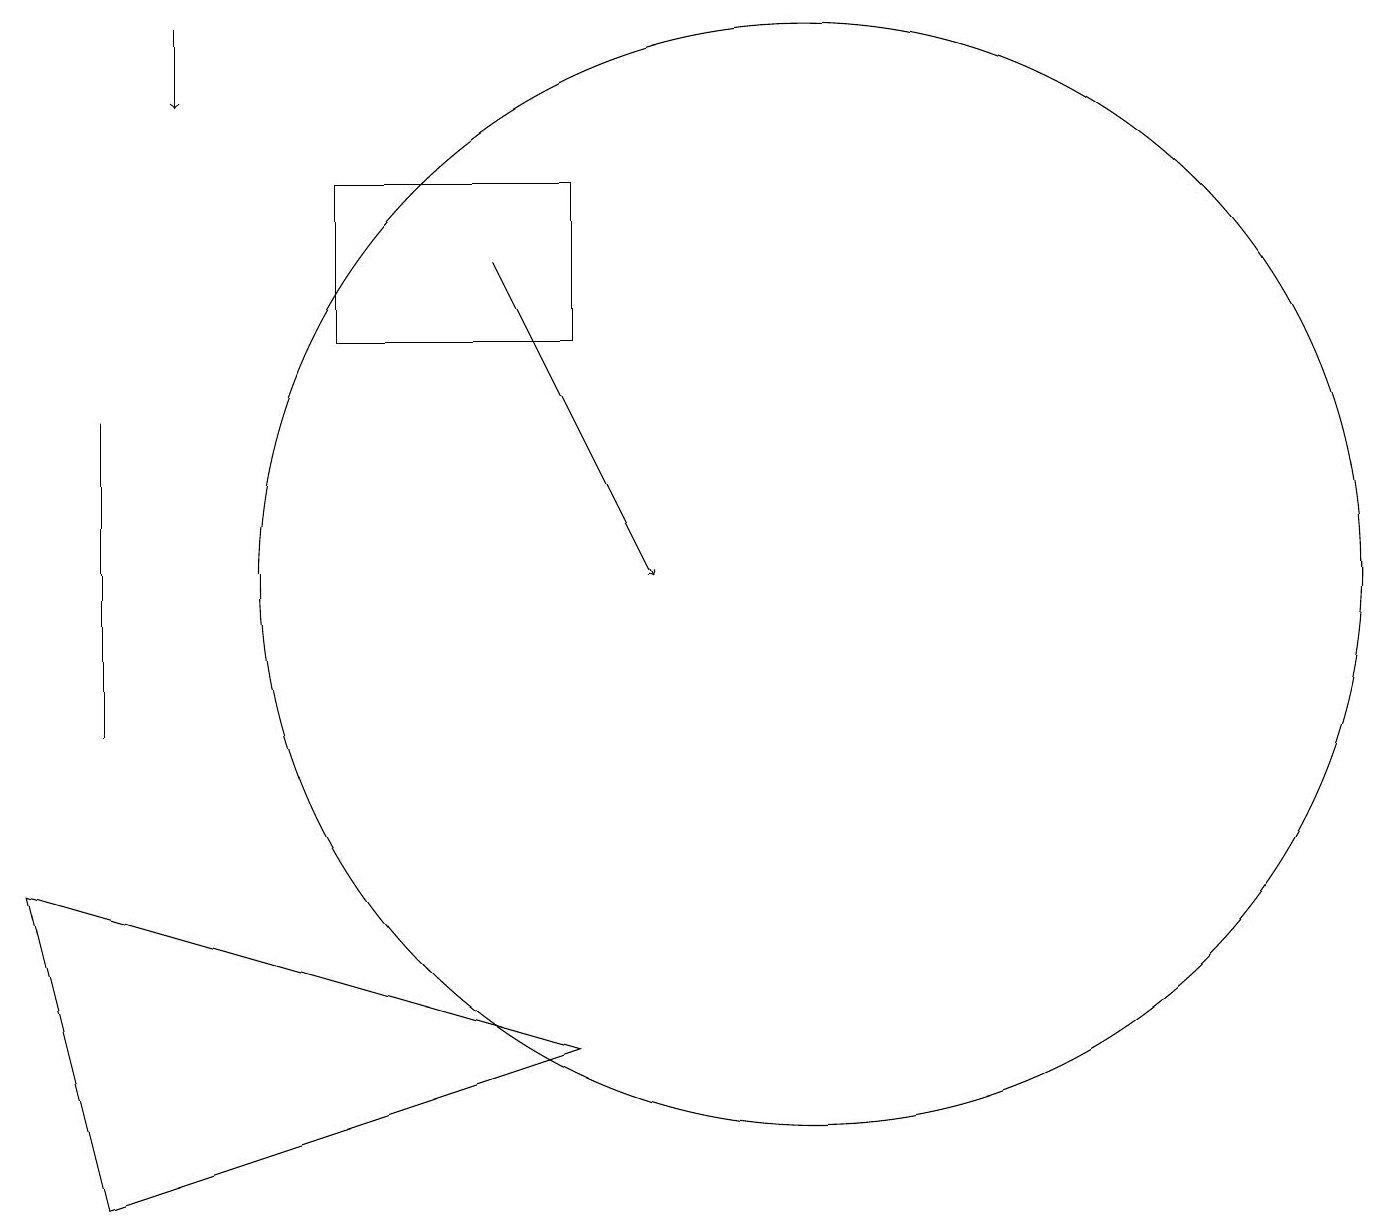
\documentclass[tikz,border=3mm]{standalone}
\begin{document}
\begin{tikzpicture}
\draw[->] (6,16) -- (8,12);
\draw (10,12) circle (7);
\draw (1,14) rectangle (1,10);
\draw (1,4) -- (0,8) -- (7,6) -- cycle;
\draw (7,15) rectangle (4,17);
\draw[->] (2,19) -- (2,18);
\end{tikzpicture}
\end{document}